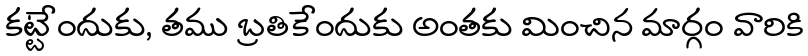
కట్టేందుకు, తము బ్రతికేందుకు అంతకు మించిన మార్గం వారికి